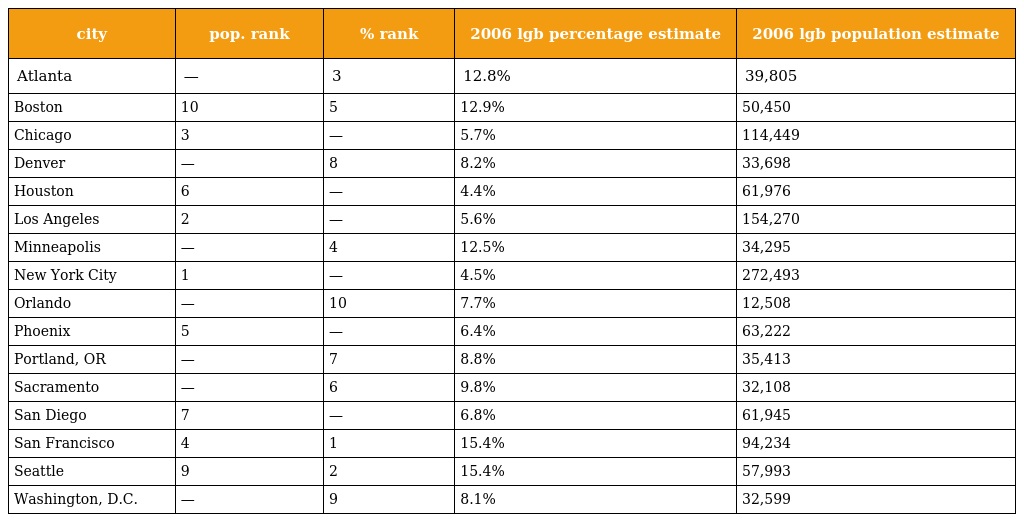
| city | pop. rank | % rank | 2006 lgb percentage estimate | 2006 lgb population estimate |
 | --- | --- | --- | --- | --- |
 | Atlanta | — | 3 | 12.8% | 39,805 |
 | Boston | 10 | 5 | 12.9% | 50,450 |
 | Chicago | 3 | — | 5.7% | 114,449 |
 | Denver | — | 8 | 8.2% | 33,698 |
 | Houston | 6 | — | 4.4% | 61,976 |
 | Los Angeles | 2 | — | 5.6% | 154,270 |
 | Minneapolis | — | 4 | 12.5% | 34,295 |
 | New York City | 1 | — | 4.5% | 272,493 |
 | Orlando | — | 10 | 7.7% | 12,508 |
 | Phoenix | 5 | — | 6.4% | 63,222 |
 | Portland, OR | — | 7 | 8.8% | 35,413 |
 | Sacramento | — | 6 | 9.8% | 32,108 |
 | San Diego | 7 | — | 6.8% | 61,945 |
 | San Francisco | 4 | 1 | 15.4% | 94,234 |
 | Seattle | 9 | 2 | 15.4% | 57,993 |
 | Washington, D.C. | — | 9 | 8.1% | 32,599 |